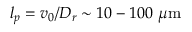
l _ { p } = v _ { 0 } / D _ { r } \sim 1 0 - 1 0 0 ~ \mu \mathrm { m }